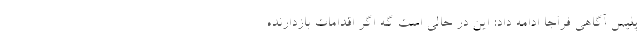
پلیس آگاهی فراجا ادامه داد: این در حالی است گه اگر اقدامات بازدارنده